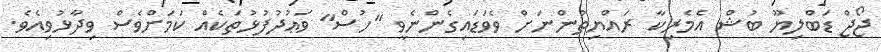
ޖޯޖް ޑަބްލިޔޫ ބުޝް އެމެރިކާ ރައްޔިތުންނަށް ވެވަޑައިގެންނެވީ "ހުސް" ވަޢުދުފުޅުތަކެއް ކަމަށްވެސް ވިދާޅުވިއެވެ.